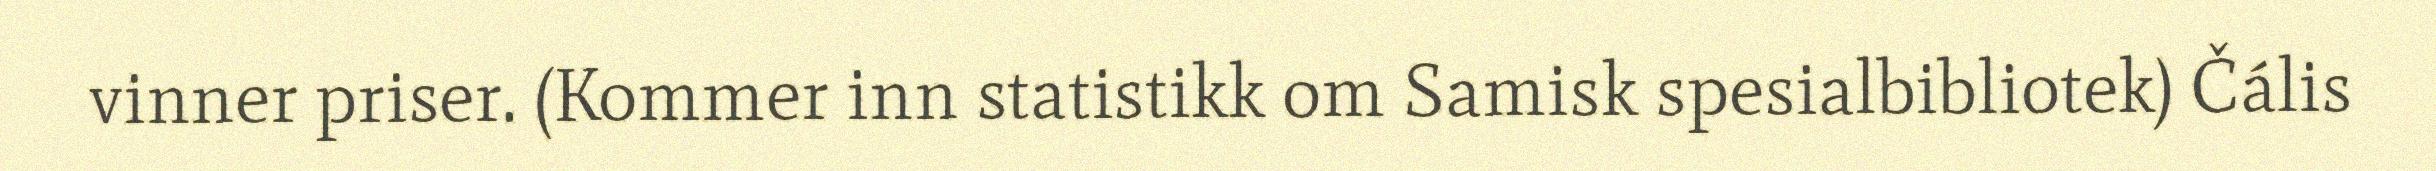
vinner priser. (Kommer inn statistikk om Samisk spesialbibliotek) Čális